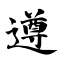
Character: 遵